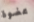
عضوة